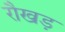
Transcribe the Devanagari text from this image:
रौखड़